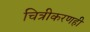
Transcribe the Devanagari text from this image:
चित्रीकरणही